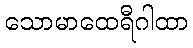
သောမာထေရီဂါထာ